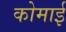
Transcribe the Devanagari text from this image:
कोमाई